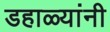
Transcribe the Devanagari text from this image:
डहाळ्यांनी